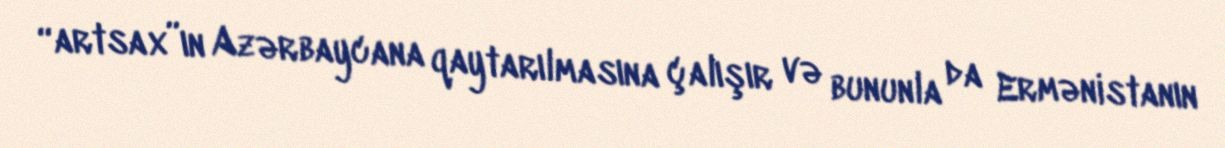
“artsax”ın Azərbaycana qaytarılmasına çalışır və bununla da Ermənistanın